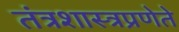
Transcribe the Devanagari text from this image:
तंत्रशास्त्रप्रणेते